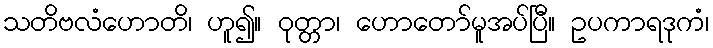
သတိဗလံဟောတိ၊ ဟူ၍။ ဝုတ္တာ၊ ဟောတော်မူအပ်ပြီ။ ဥပကာရဒုကံ၊